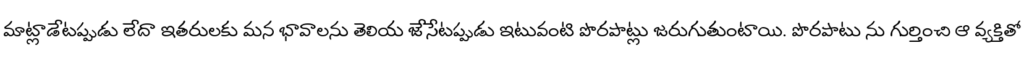
మాట్లాడేటప్పుడు లేదా ఇతరులకు మన భావాలను తెలియ జేసేటప్పుడు ఇటువంటి పొరపాట్లు జరుగుతుంటాయి. పొరపాటు ను గుర్తించి ఆ వ్యక్తితో